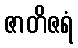
ဇာတိဇရံ